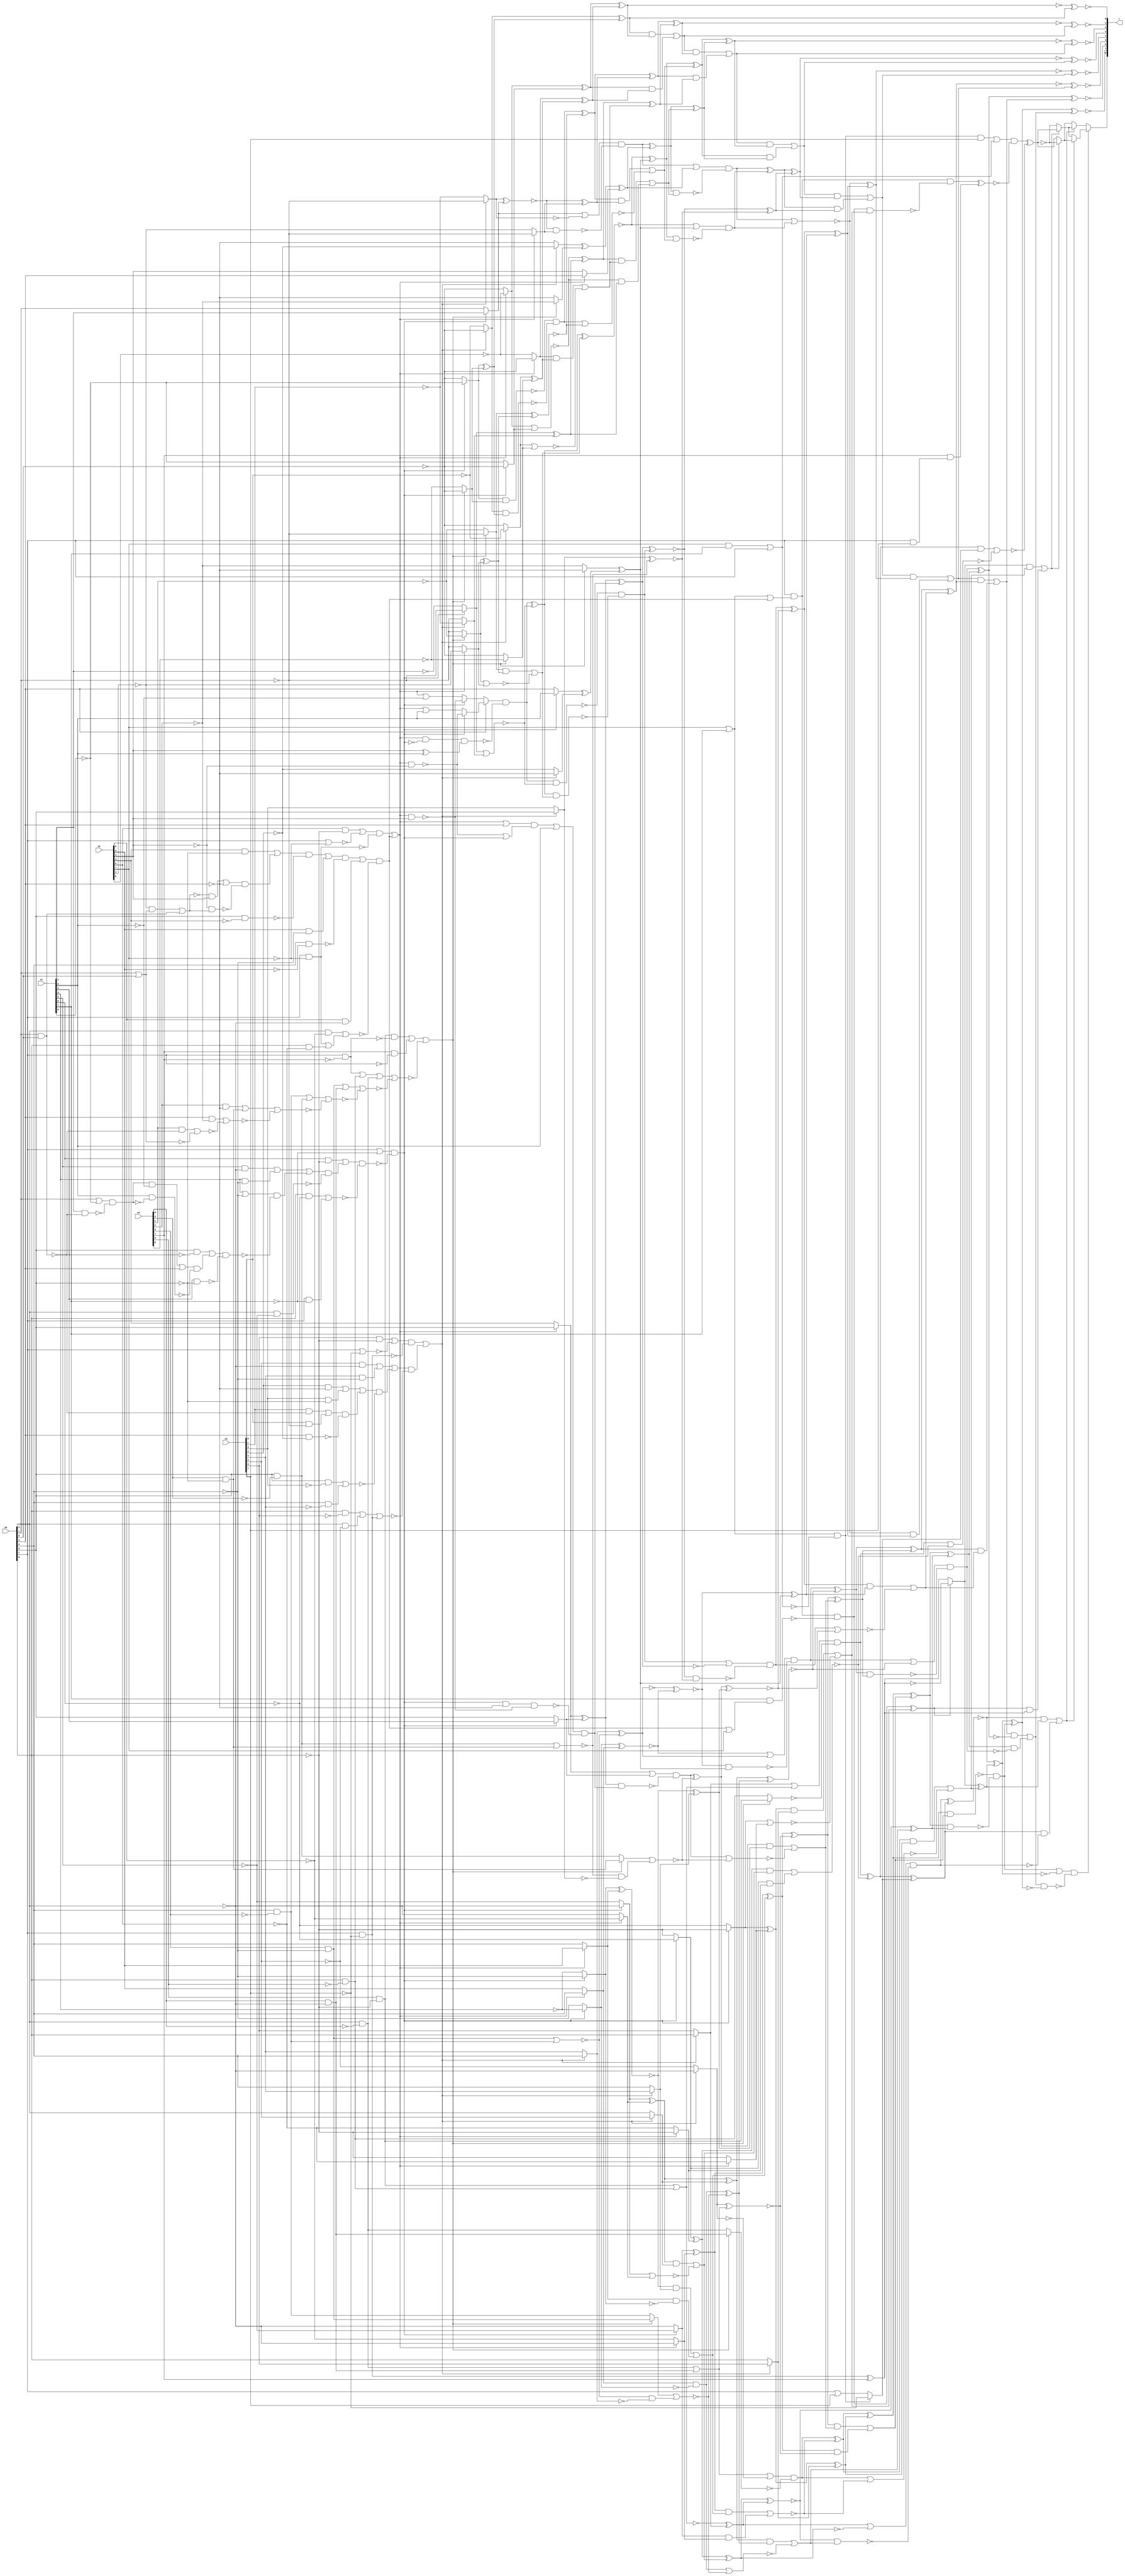
/* Generated by Yosys 0.9+4052 (git sha1 a5adb007, gcc 9.3.0-17ubuntu1~20.04 -fPIC -Os) */

module circ(x0, x1, x2, x3, x4, r);
  wire _000_;
  wire _001_;
  wire _002_;
  wire _003_;
  wire _004_;
  wire _005_;
  wire _006_;
  wire _007_;
  wire _008_;
  wire _009_;
  wire _010_;
  wire _011_;
  wire _012_;
  wire _013_;
  wire _014_;
  wire _015_;
  wire _016_;
  wire _017_;
  wire _018_;
  wire _019_;
  wire _020_;
  wire _021_;
  wire _022_;
  wire _023_;
  wire _024_;
  wire _025_;
  wire _026_;
  wire _027_;
  wire _028_;
  wire _029_;
  wire _030_;
  wire _031_;
  wire _032_;
  wire _033_;
  wire _034_;
  wire _035_;
  wire _036_;
  wire _037_;
  wire _038_;
  wire _039_;
  wire _040_;
  wire _041_;
  wire _042_;
  wire _043_;
  wire _044_;
  wire _045_;
  wire _046_;
  wire _047_;
  wire _048_;
  wire _049_;
  wire _050_;
  wire _051_;
  wire _052_;
  wire _053_;
  wire _054_;
  wire _055_;
  wire _056_;
  wire _057_;
  wire _058_;
  wire _059_;
  wire _060_;
  wire _061_;
  wire _062_;
  wire _063_;
  wire _064_;
  wire _065_;
  wire _066_;
  wire _067_;
  wire _068_;
  wire _069_;
  wire _070_;
  wire _071_;
  wire _072_;
  wire _073_;
  wire _074_;
  wire _075_;
  wire _076_;
  wire _077_;
  wire _078_;
  wire _079_;
  wire _080_;
  wire _081_;
  wire _082_;
  wire _083_;
  wire _084_;
  wire _085_;
  wire _086_;
  wire _087_;
  wire _088_;
  wire _089_;
  wire _090_;
  wire _091_;
  wire _092_;
  wire _093_;
  wire _094_;
  wire _095_;
  wire _096_;
  wire _097_;
  wire _098_;
  wire _099_;
  wire _100_;
  wire _101_;
  wire _102_;
  wire _103_;
  wire _104_;
  wire _105_;
  wire _106_;
  wire _107_;
  wire _108_;
  wire _109_;
  wire _110_;
  wire _111_;
  wire _112_;
  wire _113_;
  wire _114_;
  wire _115_;
  wire _116_;
  wire _117_;
  wire _118_;
  wire _119_;
  wire _120_;
  wire _121_;
  wire _122_;
  wire _123_;
  wire _124_;
  wire _125_;
  wire _126_;
  wire _127_;
  wire _128_;
  wire _129_;
  wire _130_;
  wire _131_;
  wire _132_;
  wire _133_;
  wire _134_;
  wire _135_;
  wire _136_;
  wire _137_;
  wire _138_;
  wire _139_;
  wire _140_;
  wire _141_;
  wire _142_;
  wire _143_;
  wire _144_;
  wire _145_;
  wire _146_;
  wire _147_;
  wire _148_;
  wire _149_;
  wire _150_;
  wire _151_;
  wire _152_;
  wire _153_;
  wire _154_;
  wire _155_;
  wire _156_;
  wire _157_;
  wire _158_;
  wire _159_;
  wire _160_;
  wire _161_;
  wire _162_;
  wire _163_;
  wire _164_;
  wire _165_;
  wire _166_;
  wire _167_;
  wire _168_;
  wire _169_;
  wire _170_;
  wire _171_;
  wire _172_;
  wire _173_;
  wire _174_;
  wire _175_;
  wire _176_;
  wire _177_;
  wire _178_;
  wire _179_;
  wire _180_;
  wire _181_;
  wire _182_;
  wire _183_;
  wire _184_;
  wire _185_;
  wire _186_;
  wire _187_;
  wire _188_;
  wire _189_;
  wire _190_;
  wire _191_;
  wire _192_;
  wire _193_;
  wire _194_;
  wire _195_;
  wire _196_;
  wire _197_;
  wire _198_;
  wire _199_;
  wire _200_;
  wire _201_;
  wire _202_;
  wire _203_;
  wire _204_;
  wire _205_;
  wire _206_;
  wire _207_;
  wire _208_;
  wire _209_;
  wire _210_;
  wire _211_;
  wire _212_;
  wire _213_;
  wire _214_;
  wire _215_;
  wire _216_;
  wire _217_;
  wire _218_;
  wire _219_;
  wire _220_;
  wire _221_;
  wire _222_;
  wire _223_;
  wire _224_;
  wire _225_;
  wire _226_;
  wire _227_;
  wire _228_;
  wire _229_;
  wire _230_;
  wire _231_;
  wire _232_;
  wire _233_;
  wire _234_;
  wire _235_;
  wire _236_;
  wire _237_;
  wire _238_;
  wire _239_;
  wire _240_;
  wire _241_;
  wire _242_;
  wire _243_;
  wire _244_;
  wire _245_;
  wire _246_;
  wire _247_;
  wire _248_;
  wire _249_;
  wire _250_;
  wire _251_;
  wire _252_;
  wire _253_;
  wire _254_;
  wire _255_;
  wire _256_;
  wire _257_;
  wire _258_;
  wire _259_;
  wire _260_;
  wire _261_;
  wire _262_;
  wire _263_;
  wire _264_;
  wire _265_;
  wire _266_;
  wire _267_;
  wire _268_;
  wire _269_;
  wire _270_;
  wire _271_;
  wire _272_;
  wire _273_;
  wire _274_;
  wire _275_;
  wire _276_;
  wire _277_;
  wire _278_;
  wire _279_;
  wire _280_;
  wire _281_;
  wire _282_;
  wire _283_;
  wire _284_;
  wire _285_;
  wire _286_;
  wire _287_;
  wire _288_;
  wire _289_;
  wire _290_;
  wire _291_;
  wire _292_;
  wire _293_;
  wire _294_;
  wire _295_;
  wire _296_;
  wire _297_;
  wire _298_;
  wire _299_;
  wire _300_;
  wire _301_;
  wire _302_;
  wire _303_;
  wire _304_;
  wire _305_;
  wire _306_;
  wire _307_;
  wire _308_;
  wire _309_;
  wire _310_;
  wire _311_;
  wire _312_;
  wire _313_;
  wire _314_;
  wire _315_;
  wire _316_;
  wire _317_;
  wire _318_;
  wire _319_;
  wire _320_;
  wire _321_;
  wire _322_;
  wire _323_;
  wire _324_;
  wire _325_;
  wire _326_;
  wire _327_;
  wire _328_;
  wire _329_;
  wire _330_;
  wire _331_;
  wire _332_;
  wire _333_;
  wire _334_;
  wire _335_;
  wire _336_;
  wire _337_;
  wire _338_;
  wire _339_;
  wire _340_;
  wire _341_;
  wire _342_;
  wire _343_;
  wire _344_;
  wire _345_;
  wire _346_;
  wire _347_;
  wire _348_;
  wire _349_;
  wire _350_;
  wire _351_;
  wire _352_;
  wire _353_;
  wire _354_;
  wire _355_;
  wire _356_;
  wire _357_;
  wire _358_;
  wire _359_;
  wire _360_;
  wire _361_;
  wire _362_;
  wire _363_;
  wire _364_;
  wire _365_;
  wire _366_;
  wire _367_;
  wire _368_;
  wire _369_;
  wire _370_;
  wire _371_;
  wire _372_;
  wire _373_;
  wire _374_;
  wire _375_;
  wire _376_;
  wire _377_;
  wire _378_;
  wire _379_;
  wire _380_;
  wire _381_;
  wire _382_;
  wire _383_;
  wire _384_;
  wire _385_;
  wire _386_;
  wire _387_;
  wire _388_;
  wire _389_;
  wire _390_;
  wire _391_;
  wire _392_;
  wire _393_;
  wire _394_;
  wire _395_;
  wire _396_;
  wire _397_;
  wire _398_;
  wire _399_;
  wire _400_;
  wire _401_;
  wire _402_;
  wire _403_;
  wire _404_;
  wire _405_;
  wire _406_;
  wire _407_;
  wire _408_;
  wire _409_;
  wire _410_;
  wire _411_;
  wire _412_;
  wire _413_;
  wire _414_;
  wire _415_;
  wire _416_;
  wire _417_;
  wire _418_;
  wire _419_;
  wire _420_;
  wire _421_;
  wire _422_;
  wire _423_;
  wire _424_;
  wire _425_;
  wire _426_;
  wire _427_;
  wire _428_;
  wire \U0.U13.new_n36 ;
  wire \U0.U13.new_n52 ;
  wire \U0.U13.new_n60 ;
  wire \U0.U14.new_n9 ;
  wire \U0.U15.new_n29 ;
  wire \U0.U3.new_n35 ;
  wire \U0.U3.new_n44 ;
  wire \U0.U4.new_n42 ;
  wire \U0.po8 ;
  output [8:0] r;
  input [7:0] x0;
  input [7:0] x1;
  input [7:0] x2;
  input [7:0] x3;
  input [7:0] x4;
  assign _379_ = x4[5] & ~(x0[5]);
  assign _380_ = x0[5] & ~(x4[5]);
  assign _381_ = _380_ | _379_;
  assign _382_ = ~x3[5];
  assign _383_ = ~x0[5];
  assign _384_ = x3[0] & ~(x0[1]);
  assign _385_ = x0[1] & x0[0];
  assign _386_ = x3[1] & ~(_385_);
  assign _387_ = _386_ | _384_;
  assign _388_ = x0[2] & ~(x3[2]);
  assign _389_ = _387_ & ~(_388_);
  assign _390_ = x3[3] & ~(x0[3]);
  assign _391_ = x3[2] & ~(x0[2]);
  assign _392_ = _391_ | _390_;
  assign _393_ = _392_ | _389_;
  assign _394_ = x0[4] & ~(x3[4]);
  assign _395_ = x0[3] & ~(x3[3]);
  assign _396_ = _395_ | _394_;
  assign _397_ = _393_ & ~(_396_);
  assign _398_ = x3[4] & ~(x0[4]);
  assign _399_ = x3[5] & ~(x0[5]);
  assign _400_ = _399_ | _398_;
  assign _401_ = _400_ | _397_;
  assign _402_ = x0[7] & ~(x3[7]);
  assign _403_ = x0[5] & ~(x3[5]);
  assign _404_ = x0[6] & ~(x3[6]);
  assign _405_ = _404_ | _403_;
  assign _406_ = _405_ | _402_;
  assign _407_ = _401_ & ~(_406_);
  assign _408_ = x0[7] | ~(x3[7]);
  assign _409_ = x3[6] & ~(x0[6]);
  assign _410_ = _409_ | ~(_408_);
  assign _411_ = _410_ & ~(_402_);
  assign _412_ = _411_ | _407_;
  assign _413_ = _412_ ? _383_ : _382_;
  assign _414_ = ~(_413_ ^ _381_);
  assign _415_ = x2[5] & ~(x0[5]);
  assign _416_ = x2[4] & ~(x0[4]);
  assign _417_ = ~x0[2];
  assign _418_ = ~x2[2];
  assign _419_ = ~x2[1];
  assign _420_ = ~(x0[1] | x0[0]);
  assign _421_ = _419_ & ~(_420_);
  assign _422_ = ~(_421_ | _385_);
  assign _423_ = _422_ & ~(_418_);
  assign _424_ = _423_ | _417_;
  assign _425_ = _418_ & ~(_422_);
  assign _426_ = _424_ & ~(_425_);
  assign _427_ = x2[3] & ~(x0[3]);
  assign _428_ = _427_ | _426_;
  assign _000_ = x0[3] & ~(x2[3]);
  assign _001_ = _428_ & ~(_000_);
  assign _002_ = _001_ | _416_;
  assign _003_ = x0[4] & ~(x2[4]);
  assign _004_ = _002_ & ~(_003_);
  assign _005_ = _004_ | _415_;
  assign _006_ = x0[6] & ~(x2[6]);
  assign _007_ = x0[7] & ~(x2[7]);
  assign _008_ = _007_ | _006_;
  assign _009_ = x0[5] & ~(x2[5]);
  assign _010_ = _009_ | _008_;
  assign _011_ = _005_ & ~(_010_);
  assign _012_ = x0[7] | ~(x2[7]);
  assign _013_ = x2[6] & ~(x0[6]);
  assign _014_ = _013_ | ~(_012_);
  assign _015_ = _014_ & ~(_007_);
  assign _016_ = _015_ | _011_;
  assign _017_ = _016_ ? x2[4] : x0[4];
  assign _018_ = ~x0[4];
  assign _019_ = ~x1[4];
  assign _020_ = x0[7] | ~(x1[7]);
  assign _021_ = x1[4] | ~(x0[4]);
  assign _022_ = x0[1] | ~(x1[0]);
  assign _023_ = x1[1] & ~(_385_);
  assign _024_ = _022_ & ~(_023_);
  assign _025_ = _024_ & ~(x1[2]);
  assign _026_ = _025_ | x0[2];
  assign _027_ = x1[2] & ~(_024_);
  assign _028_ = _026_ & ~(_027_);
  assign _029_ = x0[3] & ~(x1[3]);
  assign _030_ = _029_ | _028_;
  assign _031_ = x1[3] & ~(x0[3]);
  assign _032_ = _030_ & ~(_031_);
  assign _033_ = _021_ & ~(_032_);
  assign _034_ = x1[4] & ~(x0[4]);
  assign _035_ = x1[5] & ~(x0[5]);
  assign _036_ = _035_ | _034_;
  assign _037_ = _036_ | _033_;
  assign _038_ = x0[5] & ~(x1[5]);
  assign _039_ = _037_ & ~(_038_);
  assign _040_ = x1[6] & ~(x0[6]);
  assign _041_ = _040_ | _039_;
  assign _042_ = x0[7] & ~(x1[7]);
  assign _043_ = x0[6] & ~(x1[6]);
  assign _044_ = _043_ | _042_;
  assign _045_ = _041_ & ~(_044_);
  assign _046_ = _020_ & ~(_045_);
  assign _047_ = _046_ ? _018_ : _019_;
  assign _048_ = _017_ & ~(_047_);
  assign _049_ = _412_ ? x3[4] : x0[4];
  assign _050_ = ~(_047_ ^ _017_);
  assign _051_ = _050_ & _049_;
  assign _052_ = _051_ | _048_;
  assign _053_ = ~x2[5];
  assign _054_ = _016_ ? _383_ : _053_;
  assign _055_ = ~x1[5];
  assign _056_ = _046_ ? _055_ : _383_;
  assign _057_ = _056_ ^ _054_;
  assign _058_ = _057_ ^ _052_;
  assign _059_ = _058_ & _414_;
  assign _060_ = x4[3] & ~(x0[3]);
  assign _061_ = x0[3] & ~(x4[3]);
  assign _062_ = ~(_061_ | _060_);
  assign _063_ = _412_ ? x0[3] : x3[3];
  assign _064_ = _062_ & ~(_063_);
  assign _065_ = x4[1] & ~(_385_);
  assign _066_ = ~(_065_ | _420_);
  assign _067_ = x0[2] & ~(x4[2]);
  assign _068_ = ~(_067_ | _066_);
  assign _069_ = x4[2] & ~(x0[2]);
  assign _070_ = _069_ | _060_;
  assign _071_ = ~(_070_ | _068_);
  assign _072_ = x0[4] & ~(x4[4]);
  assign _073_ = _072_ | _061_;
  assign _074_ = ~(_073_ | _071_);
  assign _075_ = x4[4] & ~(x0[4]);
  assign _076_ = _075_ | _379_;
  assign _077_ = ~(_076_ | _074_);
  assign _078_ = x0[6] & ~(x4[6]);
  assign _079_ = x0[7] & ~(x4[7]);
  assign _080_ = _079_ | _078_;
  assign _081_ = _080_ | _380_;
  assign _082_ = ~(_081_ | _077_);
  assign _083_ = x4[7] & ~(x0[7]);
  assign _084_ = x4[6] & ~(x0[6]);
  assign _085_ = _084_ & ~(_079_);
  assign _086_ = _085_ | _083_;
  assign _087_ = ~(_086_ | _082_);
  assign _088_ = _087_ ? _061_ : _060_;
  assign _089_ = ~(_088_ | _064_);
  assign _090_ = _046_ ? x1[3] : x0[3];
  assign _091_ = _016_ ? x0[3] : x2[3];
  assign _092_ = _091_ | _090_;
  assign _093_ = _016_ | x0[2];
  assign _094_ = ~(_016_ & _418_);
  assign _095_ = ~(_094_ | _046_);
  assign _096_ = _093_ & ~(_095_);
  assign _097_ = _096_ | x1[2];
  assign _098_ = _046_ & ~(x0[2]);
  assign _099_ = _016_ & ~(_418_);
  assign _100_ = _098_ & ~(_099_);
  assign _101_ = _097_ & ~(_100_);
  assign _102_ = _091_ ^ _090_;
  assign _103_ = _102_ & _101_;
  assign _104_ = _092_ & ~(_103_);
  assign _105_ = ~(_104_ | _089_);
  assign _106_ = _050_ ^ _049_;
  assign _107_ = _104_ ^ _089_;
  assign _108_ = _107_ & _106_;
  assign _109_ = _108_ | _105_;
  assign _110_ = _058_ ^ _414_;
  assign _111_ = _110_ & _109_;
  assign _112_ = _111_ | _059_;
  assign _113_ = _412_ ? x3[6] : x0[6];
  assign _114_ = ~x2[6];
  assign _115_ = ~x0[6];
  assign _116_ = _016_ ? _114_ : _115_;
  assign _117_ = ~x1[6];
  assign _118_ = _046_ ? _115_ : _117_;
  assign _119_ = _118_ ^ _116_;
  assign _120_ = _119_ ^ _113_;
  assign _121_ = _056_ & _054_;
  assign _122_ = _057_ & _052_;
  assign _123_ = ~(_122_ | _121_);
  assign _124_ = _381_ | ~(_413_);
  assign _125_ = _087_ ? _380_ : _379_;
  assign _126_ = _124_ & ~(_125_);
  assign _127_ = _126_ ^ _123_;
  assign _128_ = _127_ ^ _120_;
  assign _129_ = ~(_128_ & _112_);
  assign _130_ = ~(_075_ | _072_);
  assign _131_ = _412_ ? x0[4] : x3[4];
  assign _132_ = _130_ & ~(_131_);
  assign _133_ = _087_ ? _072_ : _075_;
  assign _134_ = ~(_133_ | _132_);
  assign _135_ = _016_ ? x0[4] : x2[4];
  assign _136_ = _046_ ? _019_ : _018_;
  assign _137_ = _135_ & ~(_136_);
  assign _138_ = ~(_137_ | _134_);
  assign _139_ = _137_ ^ _134_;
  assign _140_ = _412_ ? x3[5] : x0[5];
  assign _141_ = _016_ ? _053_ : _383_;
  assign _142_ = _046_ ? _383_ : _055_;
  assign _143_ = _142_ ^ _141_;
  assign _144_ = _143_ ^ _140_;
  assign _145_ = _144_ & _139_;
  assign _146_ = _145_ | _138_;
  assign _147_ = _412_ ? x0[6] : x3[6];
  assign _148_ = ~(_084_ | _078_);
  assign _149_ = _148_ ^ _147_;
  assign _150_ = ~(_142_ | _141_);
  assign _151_ = _143_ & _140_;
  assign _152_ = _151_ | _150_;
  assign _153_ = _016_ ? _115_ : _114_;
  assign _154_ = _046_ ? _117_ : _115_;
  assign _155_ = _154_ ^ _153_;
  assign _156_ = _155_ ^ _152_;
  assign _157_ = ~(_156_ ^ _149_);
  assign _158_ = _157_ ^ _146_;
  assign _159_ = _128_ ^ _112_;
  assign _160_ = _159_ & _158_;
  assign _161_ = _129_ & ~(_160_);
  assign _162_ = ~(_126_ | _123_);
  assign _163_ = _127_ & _120_;
  assign _164_ = _163_ | _162_;
  assign _165_ = ~(_118_ | _116_);
  assign _166_ = _119_ & _113_;
  assign _167_ = _166_ | _165_;
  assign _168_ = x2[7] | x1[7];
  assign _169_ = ~(_168_ | _011_);
  assign _170_ = x0[7] & ~(_169_);
  assign _171_ = ~(_011_ | x2[7]);
  assign _172_ = x1[7] & ~(_171_);
  assign _173_ = _170_ & ~(_172_);
  assign _174_ = _173_ ^ _167_;
  assign _175_ = ~(_402_ ^ x4[7]);
  assign _176_ = _402_ ^ x4[7];
  assign _177_ = _174_ ? _175_ : _176_;
  assign _178_ = _177_ ^ _164_;
  assign _179_ = ~x3[7];
  assign _180_ = x2[7] & x1[7];
  assign _181_ = _180_ | x0[7];
  assign _182_ = _168_ & ~(_181_);
  assign _183_ = x0[7] | x3[7];
  assign _184_ = _182_ ? _179_ : _183_;
  assign _185_ = _154_ & _153_;
  assign _186_ = _155_ & _152_;
  assign _187_ = ~(_186_ | _185_);
  assign _188_ = _147_ | ~(_148_);
  assign _189_ = _087_ ? _078_ : _084_;
  assign _190_ = _188_ & ~(_189_);
  assign _191_ = _190_ ^ _187_;
  assign _192_ = _191_ ^ _184_;
  assign _193_ = _149_ | ~(_156_);
  assign _194_ = _157_ & _146_;
  assign _195_ = _193_ & ~(_194_);
  assign _196_ = ~(_195_ ^ _192_);
  assign _197_ = _196_ ^ _178_;
  assign _198_ = _161_ | ~(_197_);
  assign _199_ = _159_ ^ _158_;
  assign _200_ = ~(_144_ ^ _139_);
  assign _201_ = ~(_136_ ^ _135_);
  assign _202_ = ~(_131_ ^ _130_);
  assign _203_ = _201_ | ~(_202_);
  assign _204_ = ~x3[2];
  assign _205_ = _412_ ? _417_ : _204_;
  assign _206_ = _046_ ? x1[2] : x0[2];
  assign _207_ = _206_ ^ _205_;
  assign _208_ = ~x4[2];
  assign _209_ = _087_ ? _208_ : _417_;
  assign _210_ = _209_ ^ _207_;
  assign _211_ = ~(_202_ ^ _201_);
  assign _212_ = _211_ & _210_;
  assign _213_ = _203_ & ~(_212_);
  assign _214_ = _213_ | _200_;
  assign _215_ = _110_ ^ _109_;
  assign _216_ = _213_ ^ _200_;
  assign _217_ = _216_ & _215_;
  assign _218_ = _214_ & ~(_217_);
  assign _219_ = _199_ & ~(_218_);
  assign _220_ = ~(_107_ ^ _106_);
  assign _221_ = ~x0[1];
  assign _222_ = ~x3[1];
  assign _223_ = _412_ ? _222_ : _221_;
  assign _224_ = ~x1[1];
  assign _225_ = _046_ ? _221_ : _224_;
  assign _226_ = ~(_225_ | _223_);
  assign _227_ = _016_ | x1[2];
  assign _228_ = _046_ ? _094_ : _227_;
  assign _229_ = ~(_016_ & x2[2]);
  assign _230_ = _016_ | ~(x1[2]);
  assign _231_ = _046_ ? _229_ : _230_;
  assign _232_ = x0[2] ? _228_ : _231_;
  assign _233_ = _016_ & ~(_046_);
  assign _234_ = ~(x2[2] ^ x1[2]);
  assign _235_ = _233_ & ~(_234_);
  assign _236_ = _232_ & ~(_235_);
  assign _237_ = ~(_236_ & _226_);
  assign _238_ = _016_ ? _419_ : _221_;
  assign _239_ = ~x4[1];
  assign _240_ = _087_ ? _221_ : _239_;
  assign _241_ = ~(_240_ | _238_);
  assign _242_ = _240_ ^ _238_;
  assign _243_ = _087_ ? _239_ : _221_;
  assign _244_ = _243_ & _242_;
  assign _245_ = _244_ | _241_;
  assign _246_ = _236_ ^ _226_;
  assign _247_ = _246_ & _245_;
  assign _248_ = _237_ & ~(_247_);
  assign _249_ = _102_ ^ _101_;
  assign _250_ = _248_ | ~(_249_);
  assign _251_ = ~(_063_ ^ _062_);
  assign _252_ = ~(_249_ ^ _248_);
  assign _253_ = _252_ & _251_;
  assign _254_ = _250_ & ~(_253_);
  assign _255_ = ~(_254_ | _220_);
  assign _256_ = _211_ ^ _210_;
  assign _257_ = _254_ ^ _220_;
  assign _258_ = _257_ & _256_;
  assign _259_ = _258_ | _255_;
  assign _260_ = _216_ ^ _215_;
  assign _261_ = _260_ & _259_;
  assign _262_ = _257_ ^ _256_;
  assign _263_ = ~(_246_ ^ _245_);
  assign _264_ = _263_ | _210_;
  assign _265_ = ~(_243_ ^ _242_);
  assign _266_ = ~x0[0];
  assign _267_ = ~x4[0];
  assign _268_ = _087_ ? _267_ : _266_;
  assign _269_ = ~x1[0];
  assign _270_ = _046_ ? _269_ : _266_;
  assign _271_ = ~(_270_ & _268_);
  assign _272_ = _270_ ^ _268_;
  assign _273_ = ~x3[0];
  assign _274_ = _412_ ? _266_ : _273_;
  assign _275_ = _274_ & _272_;
  assign _276_ = _271_ & ~(_275_);
  assign _277_ = ~(_276_ | _265_);
  assign _278_ = _016_ ? _221_ : _419_;
  assign _279_ = _046_ ? x1[1] : x0[1];
  assign _280_ = _412_ ? _221_ : _222_;
  assign _281_ = ~(_280_ ^ _279_);
  assign _282_ = _281_ ^ _278_;
  assign _283_ = _276_ ^ _265_;
  assign _284_ = _283_ & _282_;
  assign _285_ = _284_ | _277_;
  assign _286_ = _263_ ^ _210_;
  assign _287_ = _286_ & _285_;
  assign _288_ = _264_ & ~(_287_);
  assign _289_ = _016_ ? x0[2] : x2[2];
  assign _290_ = _087_ ? _417_ : _208_;
  assign _291_ = _412_ ? _204_ : _417_;
  assign _292_ = _291_ ^ _290_;
  assign _293_ = _292_ ^ _289_;
  assign _294_ = _279_ | ~(_280_);
  assign _295_ = _281_ & _278_;
  assign _296_ = _294_ & ~(_295_);
  assign _297_ = _296_ | _293_;
  assign _298_ = _225_ ^ _223_;
  assign _299_ = _046_ ? _266_ : _269_;
  assign _300_ = ~x2[0];
  assign _301_ = _016_ ? _300_ : _266_;
  assign _302_ = ~(_301_ | _299_);
  assign _303_ = _302_ & _298_;
  assign _304_ = _087_ ? _266_ : _267_;
  assign _305_ = _412_ ? _273_ : _266_;
  assign _306_ = ~(_305_ | _304_);
  assign _307_ = _305_ ^ _304_;
  assign _308_ = _016_ ? _266_ : _300_;
  assign _309_ = _308_ & _307_;
  assign _310_ = _309_ | _306_;
  assign _311_ = _302_ ^ _298_;
  assign _312_ = _311_ & _310_;
  assign _313_ = _312_ | _303_;
  assign _314_ = _296_ ^ _293_;
  assign _315_ = _314_ & _313_;
  assign _316_ = _297_ & ~(_315_);
  assign _317_ = ~(_316_ | _288_);
  assign _318_ = _317_ & _262_;
  assign _319_ = _252_ ^ _251_;
  assign _320_ = _316_ ^ _288_;
  assign _321_ = _320_ & _319_;
  assign _322_ = _314_ ^ _313_;
  assign _323_ = _286_ ^ _285_;
  assign _324_ = _323_ & _322_;
  assign _325_ = _311_ ^ _310_;
  assign _326_ = _283_ ^ _282_;
  assign _327_ = _326_ & _325_;
  assign _328_ = _308_ ^ _307_;
  assign _329_ = _301_ ^ _299_;
  assign _330_ = _329_ & _328_;
  assign _331_ = _274_ ^ _272_;
  assign _332_ = ~(_329_ ^ _328_);
  assign _333_ = _331_ & ~(_332_);
  assign _334_ = _333_ | _330_;
  assign _335_ = ~(_326_ ^ _325_);
  assign _336_ = _334_ & ~(_335_);
  assign _337_ = _336_ | _327_;
  assign _338_ = ~(_323_ ^ _322_);
  assign _339_ = _337_ & ~(_338_);
  assign _340_ = _339_ | _324_;
  assign _341_ = ~(_320_ ^ _319_);
  assign _342_ = _340_ & ~(_341_);
  assign _343_ = _342_ | _321_;
  assign _344_ = ~(_317_ ^ _262_);
  assign _345_ = _343_ & ~(_344_);
  assign _346_ = _345_ | _318_;
  assign _347_ = ~(_260_ ^ _259_);
  assign _348_ = _346_ & ~(_347_);
  assign _349_ = _348_ | _261_;
  assign _350_ = _218_ ^ _199_;
  assign _351_ = _349_ & ~(_350_);
  assign _352_ = _351_ | _219_;
  assign _353_ = _197_ ^ _161_;
  assign _354_ = _352_ & ~(_353_);
  assign _355_ = _198_ & ~(_354_);
  assign _356_ = _192_ & ~(_195_);
  assign _357_ = _196_ & _178_;
  assign _358_ = ~(_357_ | _356_);
  assign _359_ = _174_ & ~(_175_);
  assign _360_ = _177_ & _164_;
  assign _361_ = ~(_360_ | _359_);
  assign _362_ = ~(_190_ | _187_);
  assign _363_ = _191_ & _184_;
  assign _364_ = ~(_363_ | _362_);
  assign _365_ = _182_ & ~(_179_);
  assign _366_ = _365_ | _181_;
  assign _367_ = ~(x0[7] & x3[7]);
  assign _368_ = x4[7] & ~(_367_);
  assign _369_ = _173_ & _167_;
  assign _370_ = _170_ & ~(_369_);
  assign _371_ = _370_ ^ _368_;
  assign _372_ = _366_ & ~(_371_);
  assign _373_ = _372_ ^ _364_;
  assign _374_ = ~(_372_ ^ _364_);
  assign _375_ = _361_ ? _373_ : _374_;
  assign _376_ = _361_ ? _374_ : _373_;
  assign _377_ = _358_ ? _376_ : _375_;
  assign _378_ = _358_ ? _375_ : _376_;
  assign \U0.po8  = _355_ ? _377_ : _378_;
  assign \U0.U15.new_n29  = ~(_332_ ^ _331_);
  assign \U0.U14.new_n9  = ~(_335_ ^ _334_);
  assign \U0.U13.new_n36  = ~(_338_ ^ _337_);
  assign \U0.U13.new_n52  = ~(_341_ ^ _340_);
  assign \U0.U13.new_n60  = ~(_344_ ^ _343_);
  assign \U0.U4.new_n42  = ~(_353_ ^ _352_);
  assign \U0.U3.new_n35  = ~(_347_ ^ _346_);
  assign \U0.U3.new_n44  = ~(_350_ ^ _349_);
  assign r = { \U0.po8 , \U0.U4.new_n42 , \U0.U3.new_n44 , \U0.U3.new_n35 , \U0.U13.new_n60 , \U0.U13.new_n52 , \U0.U13.new_n36 , \U0.U14.new_n9 , \U0.U15.new_n29  };
endmodule